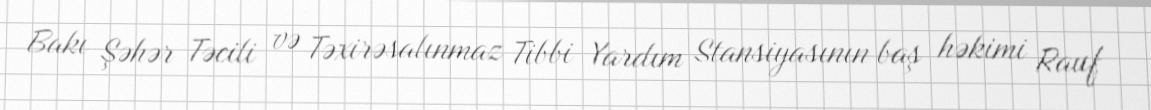
Bakı Şəhər Təcili və Təxirəsalınmaz Tibbi Yardım Stansiyasının baş həkimi Rauf